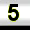
Digit: 5